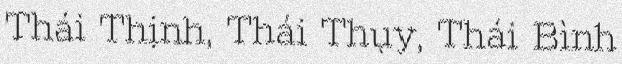
Thái Thịnh, Thái Thụy, Thái Bình